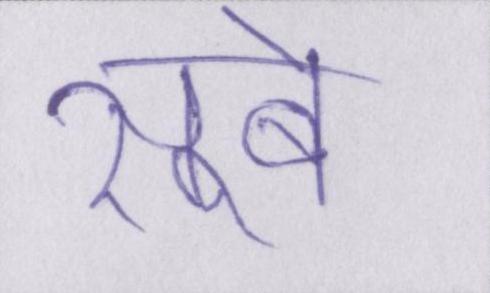
सूबे